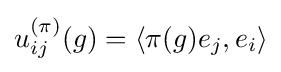
u_{ij}^{(\pi )}(g)=\langle \pi (g)e_{j},e_{i}\rangle